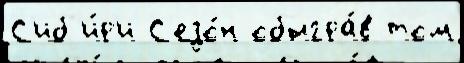
С'иб'и́р'и С'езо́н обыгра́в том